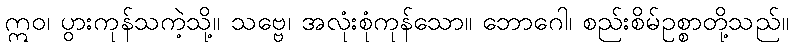
ဣဝ၊ ပွားကုန်သကဲ့သို့။ သဗ္ဗေ၊ အလုံးစုံကုန်သော။ ဘောဂေါ၊ စည်းစိမ်ဥစ္စာတို့သည်။